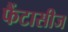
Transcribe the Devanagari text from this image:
फैंटासीज